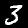
Digit: 3